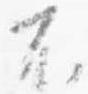
不